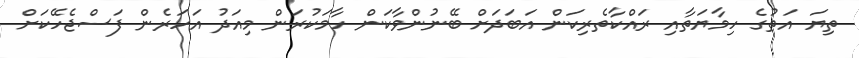
ތިޔަ އަތުގެ ހިމާޔަތާއި ރައްކާތެރިކަން އަބަދަށް ބޭނުންވާކަން ހާމަކުރަން މިއަދު އަހަރެން ފަސްޖެހޭކަށް